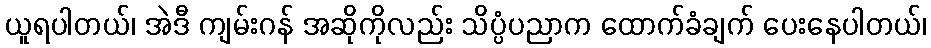
ယူရပါတယ်၊ အဲဒီ ကျမ်းဂန် အဆိုကိုလည်း သိပ္ပံပညာက ထောက်ခံချက် ပေးနေပါတယ်၊